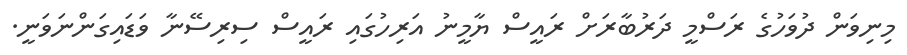
މިނިވަން ދުވަހުގެ ރަސްމީ ދަރުބާރަށް ރައީސް ޔާމީނު އަރިހުގައި ރައީސް ސިރިސޭނާ ވަޑައިގަންނަވަނީ.